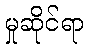
မှုဆိုင်ရာ